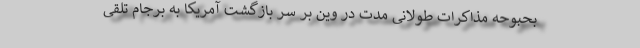
بحبوحه مذاکرات طولانی مدت در وین بر سر بازگشت آمریکا به برجام تلقی